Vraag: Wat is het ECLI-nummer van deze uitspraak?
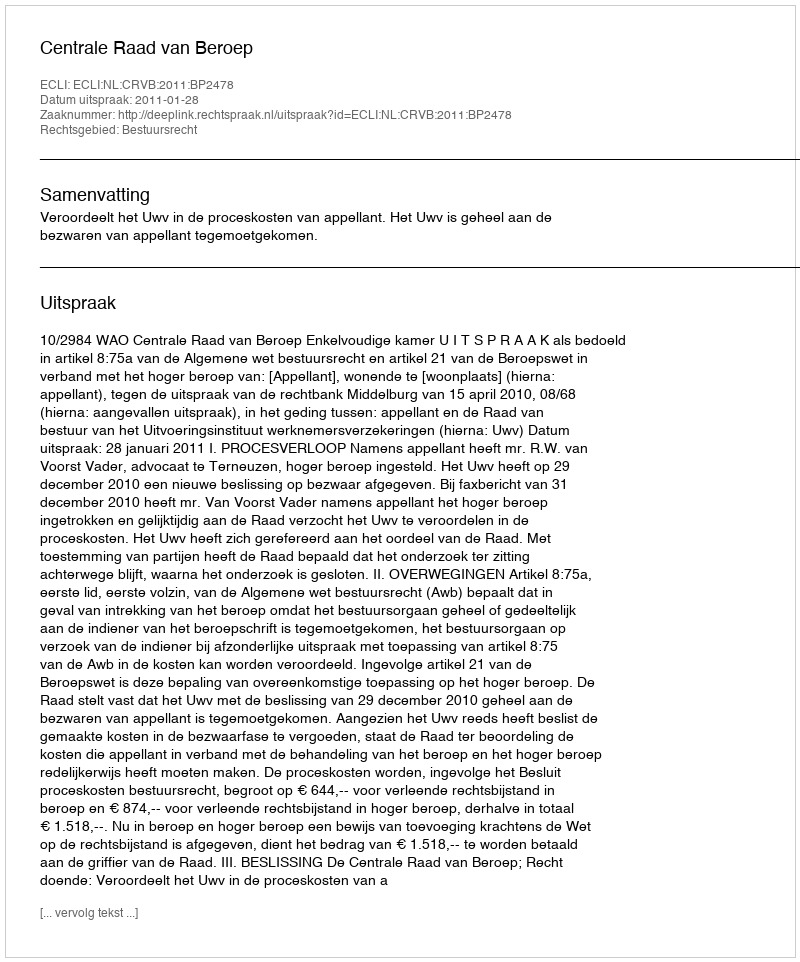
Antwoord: ECLI:NL:CRVB:2011:BP2478